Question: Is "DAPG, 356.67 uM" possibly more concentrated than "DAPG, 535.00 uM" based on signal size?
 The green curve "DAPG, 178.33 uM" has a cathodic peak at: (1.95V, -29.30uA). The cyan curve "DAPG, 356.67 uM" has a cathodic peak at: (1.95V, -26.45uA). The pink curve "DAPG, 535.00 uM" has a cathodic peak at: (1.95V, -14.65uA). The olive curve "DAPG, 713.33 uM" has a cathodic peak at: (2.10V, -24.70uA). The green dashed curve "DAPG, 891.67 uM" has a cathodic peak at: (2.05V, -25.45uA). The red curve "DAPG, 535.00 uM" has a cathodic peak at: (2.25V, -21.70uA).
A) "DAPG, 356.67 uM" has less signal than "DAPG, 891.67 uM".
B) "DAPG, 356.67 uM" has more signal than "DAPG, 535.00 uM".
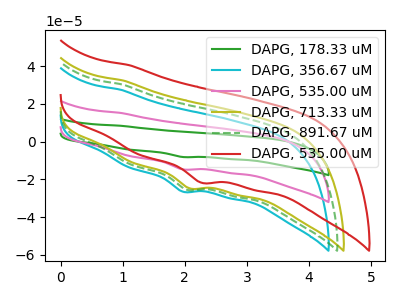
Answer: <think>All the peaks in "DAPG, 356.67 uM" have a peak in "DAPG, 535.00 uM" at the same potential. Every peak in "DAPG, 356.67 uM" is higher than every peak in "DAPG, 535.00 uM".
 </think>
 <answer>B) "DAPG, 356.67 uM" has more signal than "DAPG, 535.00 uM".</answer>
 <eval>B</eval>